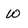
Character: W